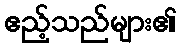
ဧည့်သည်များ၏